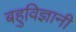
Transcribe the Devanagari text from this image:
बहुविज्ञानी